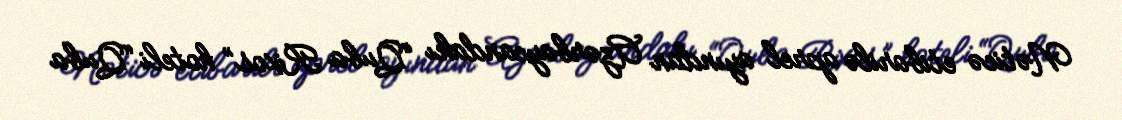
Nəticə etibarilə aprel ayından Azərbaycandakı “Quba Rixos” hoteli “Quba